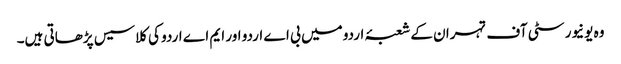
وہ یونیورسٹی آف تہران کے شعبۂ اردو میں بی اے اردو اور ایم اے اردو کی کلاسیس پڑھاتی ہیں۔